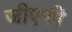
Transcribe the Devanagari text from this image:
जीएफी